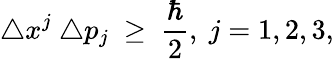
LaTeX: \triangle x^{j}\ \triangle p_{j}\ \geq\ \frac{\hbar}{2},\ j=1,2,3,